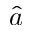
\hat { a }